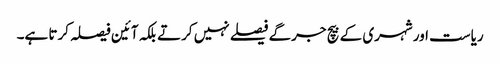
ریاست اور شہری کے بیچ جرگے فیصلے نہیں کرتے بلکہ آئین فیصلہ کرتا ہے۔